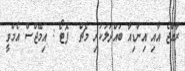
ރާއްޖެ އާއި އިންޑިއާ ބައްދަލުކުރި މެޗް  ފޮޓޯ : އިމޭޖްސް އެމްވީ